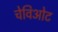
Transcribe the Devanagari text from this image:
चेविओट